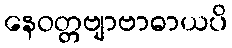
နေဝတ္တဗျာဗာဓာယပိ